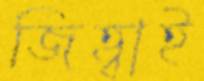
জিহ্বাই